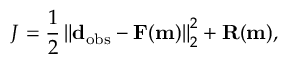
J = \frac { 1 } { 2 } \left\| \mathbf { d } _ { \mathrm { o b s } } - \mathbf { F } ( \mathbf { m } ) \right\| _ { 2 } ^ { 2 } + \mathbf { R ( m ) } ,